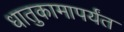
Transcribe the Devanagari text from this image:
धातुकामापर्यंत